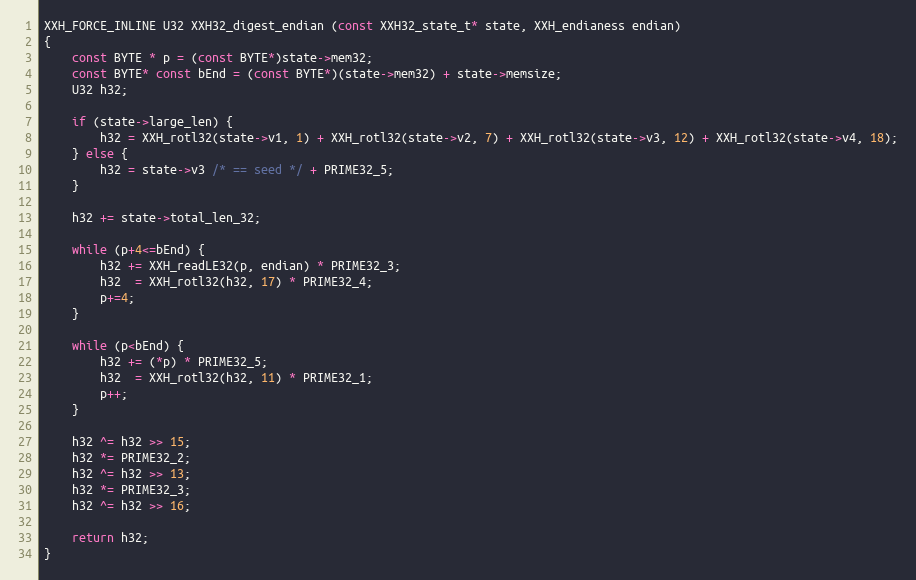
Language: C
XXH_FORCE_INLINE U32 XXH32_digest_endian (const XXH32_state_t* state, XXH_endianess endian)
{
    const BYTE * p = (const BYTE*)state->mem32;
    const BYTE* const bEnd = (const BYTE*)(state->mem32) + state->memsize;
    U32 h32;

    if (state->large_len) {
        h32 = XXH_rotl32(state->v1, 1) + XXH_rotl32(state->v2, 7) + XXH_rotl32(state->v3, 12) + XXH_rotl32(state->v4, 18);
    } else {
        h32 = state->v3 /* == seed */ + PRIME32_5;
    }

    h32 += state->total_len_32;

    while (p+4<=bEnd) {
        h32 += XXH_readLE32(p, endian) * PRIME32_3;
        h32  = XXH_rotl32(h32, 17) * PRIME32_4;
        p+=4;
    }

    while (p<bEnd) {
        h32 += (*p) * PRIME32_5;
        h32  = XXH_rotl32(h32, 11) * PRIME32_1;
        p++;
    }

    h32 ^= h32 >> 15;
    h32 *= PRIME32_2;
    h32 ^= h32 >> 13;
    h32 *= PRIME32_3;
    h32 ^= h32 >> 16;

    return h32;
}